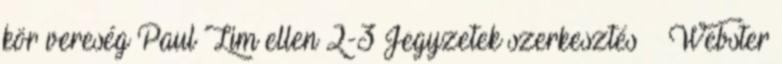
kör vereség Paul Lim ellen 2-3 Jegyzetek szerkesztés ↑ Webster